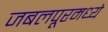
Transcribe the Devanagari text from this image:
जबलपूरमध्ये